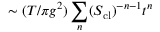
\sim ( T / \pi g ^ { 2 } ) \sum _ { n } ( S _ { \mathrm { c l } } ) ^ { - n - 1 } t ^ { n }